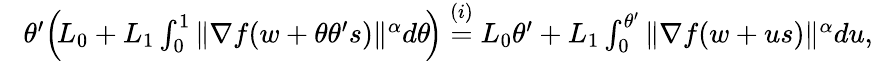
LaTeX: \begin{array}{rl}&{\! \theta^{\prime}\Big(\! L_{0}+L_{1}\int_{0}^{1}\| \nabla f(w+\theta\theta^{\prime}s)\| ^{\alpha}d\theta\! \Big)\overset{(i)}{=}L_{0}\theta^{\prime}+L_{1}\int_{0}^{\theta^{\prime}}\| \nabla f(w+us)\| ^{\alpha}du,}\end{array}